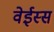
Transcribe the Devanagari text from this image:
वेईस्स